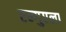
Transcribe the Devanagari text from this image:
एन्गुएला